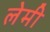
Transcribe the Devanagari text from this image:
लेमी